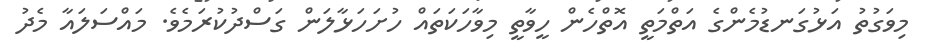
މިވަގުތު އަޅުގަނޑުމެންގެ އަތްމަތީ އޮތްހެން ހީވާތީ މިވާހަކަތައް ހުށަހަޅާލަން ގަސްދުކުރަމެވެ. މައްސަލައާ މެދު